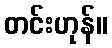
တင်းဟုန်။